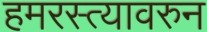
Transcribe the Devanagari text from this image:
हमरस्त्यावरुन